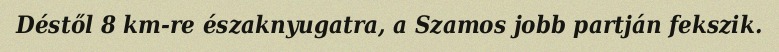
Déstől 8 km-re északnyugatra, a Szamos jobb partján fekszik.